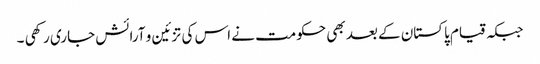
جبکہ قیام پاکستان کے بعد بھی حکومت نے اس کی تزئین و آرائش جاری رکھی ۔